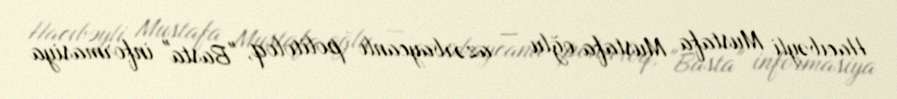
Hacıbəyli Mustafa Mustafa oğlu — azərbaycanlı politoloq, "Basta" informasiya